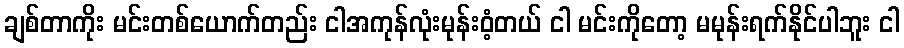
ချစ်တာကိုး မင်းတစ်ယောက်တည်း ငါအကုန်လုံးမုန်းဝံ့တယ် ငါ မင်းကိုတော့ မမုန်းရက်နိုင်ပါဘူး ငါ